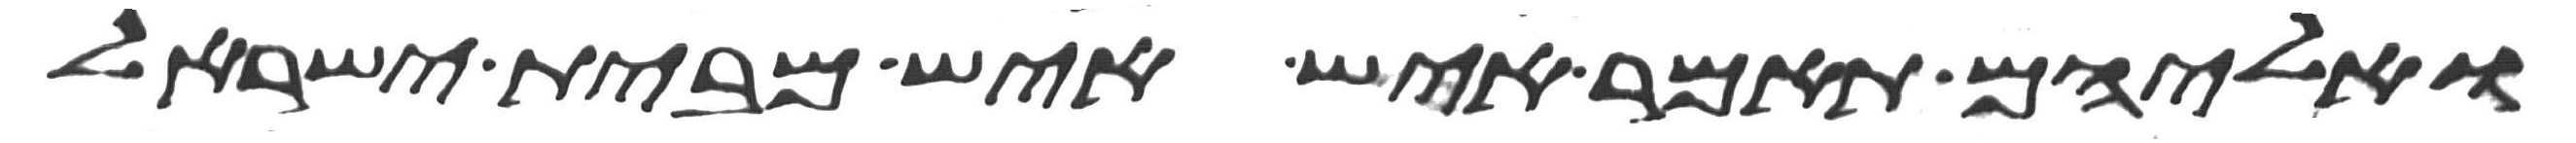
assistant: ואליהם תאמר איש איש מבית ישראל